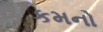
કમનો